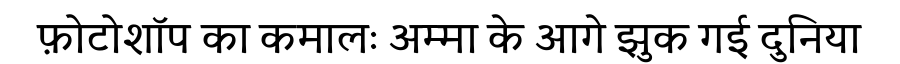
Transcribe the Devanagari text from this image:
फ़ोटोशॉप का कमालः अम्मा के आगे झुक गई दुनिया